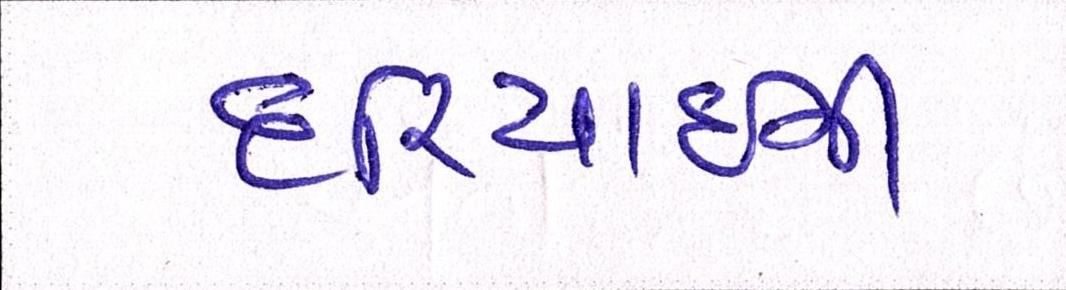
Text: દરિયાઈની